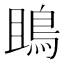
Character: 鴡